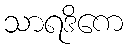
သာရဒိကေ